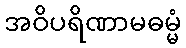
အဝိပရိဏာမဓမ္မံ